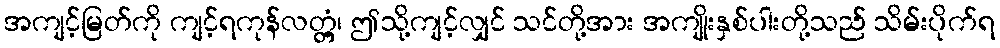
အကျင့်မြတ်ကို ကျင့်ရကုန်လတ္တံ့၊ ဤသို့ကျင့်လျှင် သင်တို့အား အကျိုးနှစ်ပါးတို့သည် သိမ်းပိုက်ရ